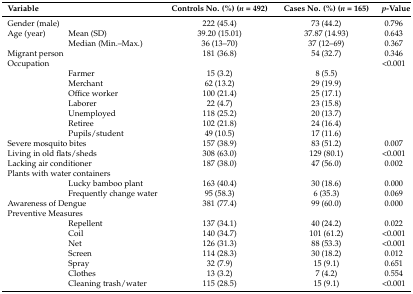
<table><thead><tr><td colspan="2"><b>Variable</b></td><td><b>Controls No. (%) (<i>n</i> = 492)</b></td><td><b>Cases No. (%) (<i>n</i> = 165)</b></td><td><b><i>p</i>-Value</b></td></tr></thead><tbody><tr><td colspan="2">Gender (male)</td><td>222 (45.4)</td><td>73 (44.2)</td><td>0.796</td></tr><tr><td>Age (year)</td><td>Mean (SD)</td><td>39.20 (15.01)</td><td>37.87 (14.93)</td><td>0.643</td></tr><tr><td></td><td>Median (Min.–Max.)</td><td>36 (13–70)</td><td>37 (12–69)</td><td>0.367</td></tr><tr><td colspan="2">Migrant person</td><td>181 (36.8)</td><td>54 (32.7)</td><td>0.346</td></tr><tr><td colspan="2">Occupation</td><td></td><td></td><td>&lt;0.001</td></tr><tr><td></td><td>Farmer</td><td>15 (3.2)</td><td>8 (5.5)</td><td></td></tr><tr><td></td><td>Merchant</td><td>62 (13.2)</td><td>29 (19.9)</td><td></td></tr><tr><td></td><td>Office worker</td><td>100 (21.4)</td><td>25 (17.1)</td><td></td></tr><tr><td></td><td>Laborer</td><td>22 (4.7)</td><td>23 (15.8)</td><td></td></tr><tr><td></td><td>Unemployed</td><td>118 (25.2)</td><td>20 (13.7)</td><td></td></tr><tr><td></td><td>Retiree</td><td>102 (21.8)</td><td>24 (16.4)</td><td></td></tr><tr><td></td><td>Pupils/student</td><td>49 (10.5)</td><td>17 (11.6)</td><td></td></tr><tr><td colspan="2">Severe mosquito bites</td><td>157 (38.9)</td><td>83 (51.2)</td><td>0.007</td></tr><tr><td colspan="2">Living in old flats/sheds</td><td>308 (63.0)</td><td>129 (80.1)</td><td>&lt;0.001</td></tr><tr><td colspan="2">Lacking air conditioner</td><td>187 (38.0)</td><td>47 (56.0)</td><td>0.002</td></tr><tr><td colspan="2">Plants with water containers</td><td></td><td></td><td></td></tr><tr><td></td><td>Lucky bamboo plant</td><td>163 (40.4)</td><td>30 (18.6)</td><td>0.000</td></tr><tr><td></td><td>Frequently change water </td><td>95 (58.3)</td><td>6 (35.3)</td><td>0.069</td></tr><tr><td colspan="2">Awareness of Dengue</td><td>381 (77.4)</td><td>99 (60.0)</td><td>0.000</td></tr><tr><td colspan="2">Preventive Measures</td><td></td><td></td><td></td></tr><tr><td></td><td>Repellent</td><td>137 (34.1)</td><td>40 (24.2)</td><td>0.022</td></tr><tr><td></td><td>Coil</td><td>140 (34.7)</td><td>101 (61.2)</td><td>&lt;0.001</td></tr><tr><td></td><td>Net</td><td>126 (31.3)</td><td>88 (53.3)</td><td>&lt;0.001</td></tr><tr><td></td><td>Screen</td><td>114 (28.3)</td><td>30 (18.2)</td><td>0.012</td></tr><tr><td></td><td>Spray</td><td>32 (7.9)</td><td>15 (9.1)</td><td>0.651</td></tr><tr><td></td><td>Clothes</td><td>13 (3.2)</td><td>7 (4.2)</td><td>0.554</td></tr><tr><td></td><td>Cleaning trash/water </td><td>115 (28.5)</td><td>15 (9.1)</td><td>&lt;0.001</td></tr></tbody></table>